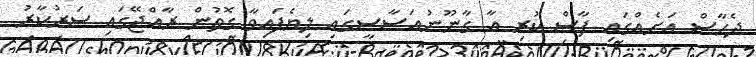
ދެހާސް އަށެއްގައި ފާސް ކުރި އާ ގާނޫނުއަސާސީގައި ލިޔެފައިވާ ގޮތުން ރާއްޖޭގައި ސަރުކާރު